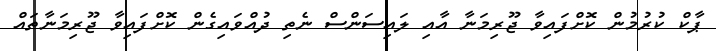
ޕާކް ކުރުމުން ކޮށްފައިވާ ޖޫރިމަނާ އާއި ލައިސަންސް ނެތި ދުއްވައިގެން ކޮށްފައިވާ ޖޫރިމަނާތައް